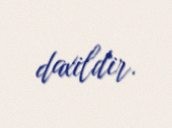
daxildir.